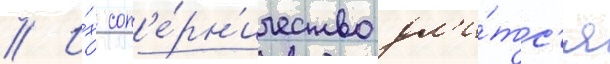
// И́х соп'е́рн'ичество дл'и́тс'я